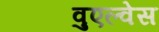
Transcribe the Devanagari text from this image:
वुएल्वेस